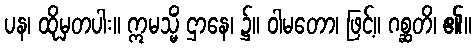
ပန၊ ထိုမှတပါး။ ဣမသ္မိံ ဌာနေ၊ ၌။ ဝါမတော၊ ဖြင့်။ ဂစ္ဆတိ၊ ၏။